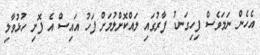
އެހެން ނަމަވެސް ފިހިގަނޑު ފާރުގައި ލައްކޮށްލުމަށް ފަހު އައިސް އެ ފޮށި ހުޅުވާލި